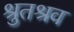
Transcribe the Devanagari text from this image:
श्रुतश्रव